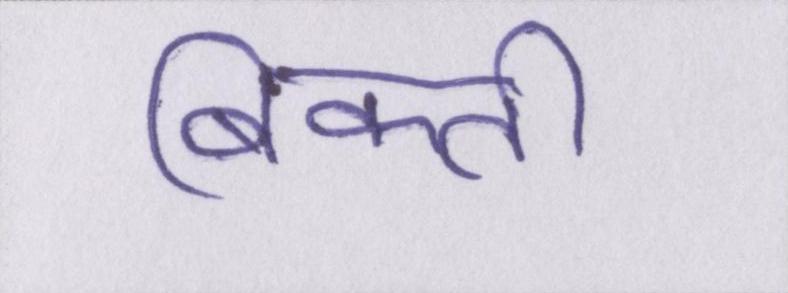
बिकती